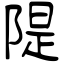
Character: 隄